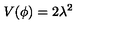
V ( \phi ) = 2 \lambda ^ { 2 }